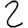
Digit: 2